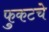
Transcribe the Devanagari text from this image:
फुकटचे